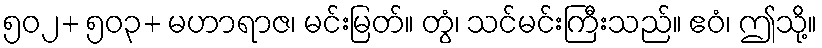
၅၀၂+ ၅၀၃+ မဟာရာဇ၊ မင်းမြတ်။ တွံ၊ သင်မင်းကြီးသည်။ ဧဝံ၊ ဤသို့။